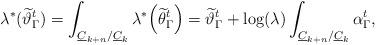
LaTeX: \begin{align*}\lambda^*(\widetilde\vartheta^t_\Gamma)=\int_{\underline C_{k+n}/\underline C_k}\lambda^*\!\left(\widetilde\theta^t_\Gamma\right)=\widetilde\vartheta^t_\Gamma+\log(\lambda)\int_{\underline C_{k+n}/\underline C_k}\alpha^t_\Gamma,\end{align*}